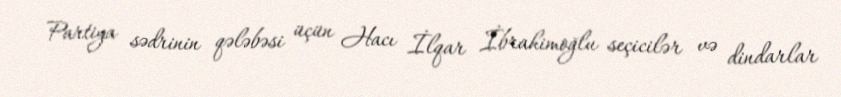
Partiya sədrinin qələbəsi üçün Hacı İlqar İbrahimoğlu seçicilər və dindarlar